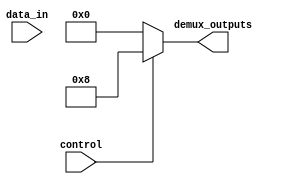
module demux #(parameter NUM_OUTPUTS = 4)(
    input wire data_in,
    input wire control,
    output reg [NUM_OUTPUTS-1:0] demux_outputs
);

always @ (data_in, control) begin
    case(control)
        4'b0001: demux_outputs <= {1'b1, 1'b0, 1'b0, 1'b0};
        4'b0010: demux_outputs <= {1'b0, 1'b1, 1'b0, 1'b0};
        4'b0100: demux_outputs <= {1'b0, 1'b0, 1'b1, 1'b0};
        4'b1000: demux_outputs <= {1'b0, 1'b0, 1'b0, 1'b1};
        default: demux_outputs <= {NUM_OUTPUTS{1'b0}};
    endcase
end

endmodule